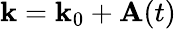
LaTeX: \textbf{k}=\textbf{k}_{0}+\textbf{A}(t)